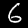
Label: 6